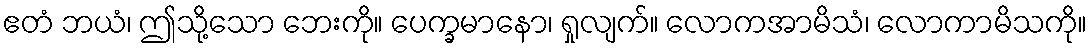
ဧတံ ဘယံ၊ ဤသို့သော ဘေးကို။ ပေက္ခမာနော၊ ရှုလျက်။ လောကအာမိသံ၊ လောကာမိသကို။